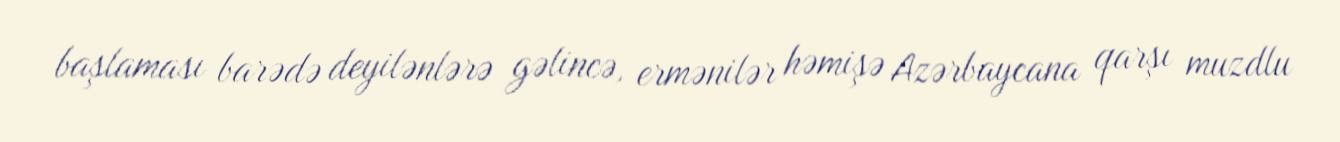
başlaması barədə deyilənlərə gəlincə, ermənilər həmişə Azərbaycana qarşı muzdlu